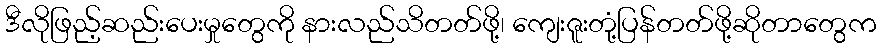
ဒီလိုဖြည့်ဆည်းပေးမှုတွေကို နားလည်သိတတ်ဖို့၊ ကျေးဇူးတုံ့ပြန်တတ်ဖို့ဆိုတာတွေက